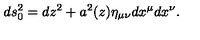
d s _ { 0 } ^ { 2 } = d z ^ { 2 } + a ^ { 2 } ( z ) \eta _ { \mu \nu } d x ^ { \mu } d x ^ { \nu } .